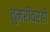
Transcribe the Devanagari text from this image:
तुमरीवरही